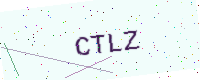
Text: CTLZ